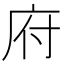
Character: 府